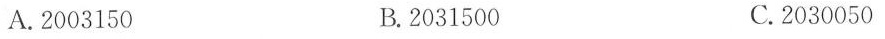
A.2003150 B.2031500 C.2030050